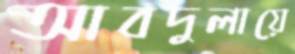
আবদুলায়ে